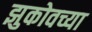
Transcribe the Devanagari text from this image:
झुकोवच्या